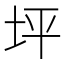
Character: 坪